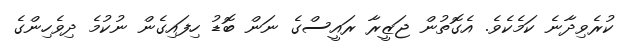
ކުރެވިދާނެ ކަމެކެވެ. އެގޮތުން ޖަޒީރާ ރައީސްގެ ނަން ބޮޑު ހިފައިގެން ނުކުމެ ދިވެހިންގެ